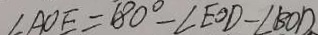
\angle A O E = 1 8 0 ^ { \circ } - \angle E O D - \angle B O D